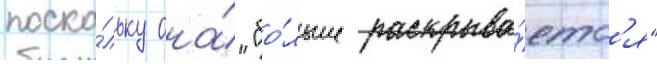
поско́льку она́ "бо́льше раскрыва́етс'я"